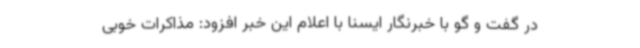
در گفت و گو با خبرنگار ایسنا با اعلام این خبر افزود: مذاکرات خوبی